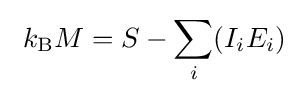
\ k_{\rm {B}}M=S-\sum _{i}(I_{i}E_{i})